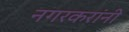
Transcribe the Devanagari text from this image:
नगरकरांनी